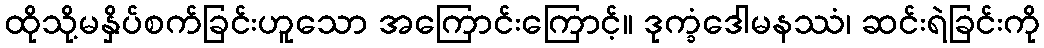
ထိုသို့မနှိပ်စက်ခြင်းဟူသော အကြောင်းကြောင့်။ ဒုက္ခံဒေါမနဿံ၊ ဆင်းရဲခြင်းကို